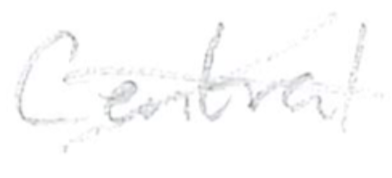
Text: Central
Cross-out: cross
Writing tool: pencil